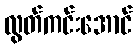
လွတ်ကင်းအောင်